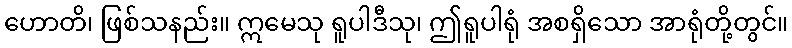
ဟောတိ၊ ဖြစ်သနည်း။ ဣမေသု ရူပါဒီသု၊ ဤရူပါရုံ အစရှိသော အာရုံတို့တွင်။